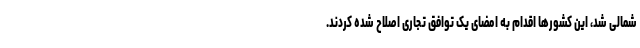
شمالی شد، این کشورها اقدام به امضای یک توافق تجاری اصلاح شده کردند.